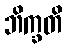
ဘိက္ခတိ